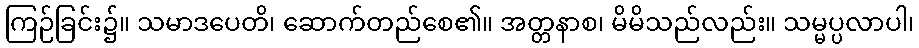
ကြဉ်ခြင်း၌။ သမာဒပေတိ၊ ဆောက်တည်စေ၏။ အတ္တနာစ၊ မိမိသည်လည်း။ သမ္မပ္ပလာပါ၊